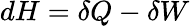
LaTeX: dH=\delta Q-\delta W